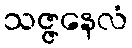
သဇ္ဇနေလံ